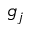
g _ { j }